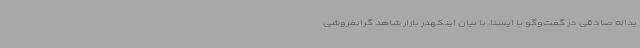
یداله صادقی در گفت‌وگو با ایسنا، با بیان اینکهدر بازار شاهد گرانفروشی